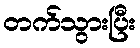
တက်သွားပြီး